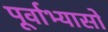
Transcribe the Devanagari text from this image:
पूर्वाभ्यासों